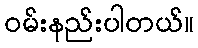
ဝမ်းနည်းပါတယ်။